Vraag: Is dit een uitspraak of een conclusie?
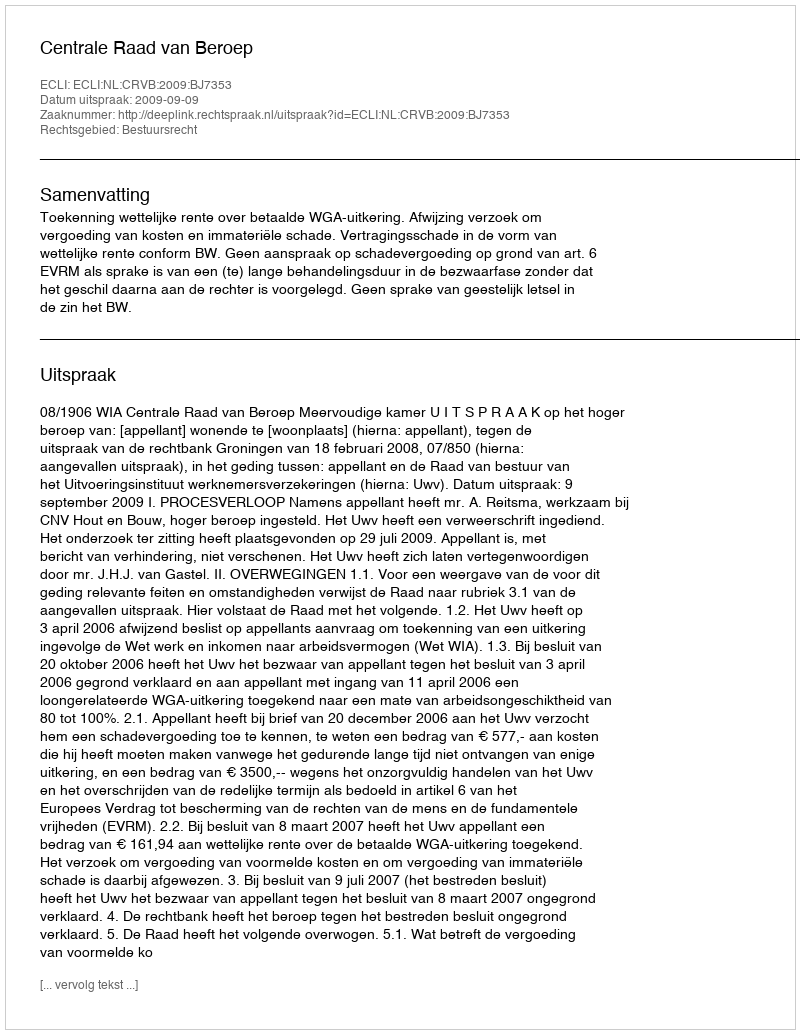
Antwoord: Uitspraak